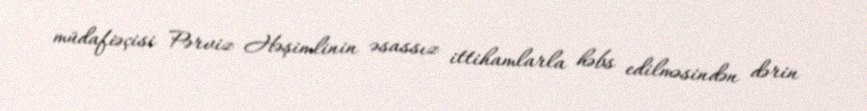
müdafiəçisi Pərviz Həşimlinin əsassız ittihamlarla həbs edilməsindən dərin